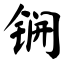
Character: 锎